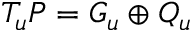
T _ { u } P = G _ { u } \oplus Q _ { u }